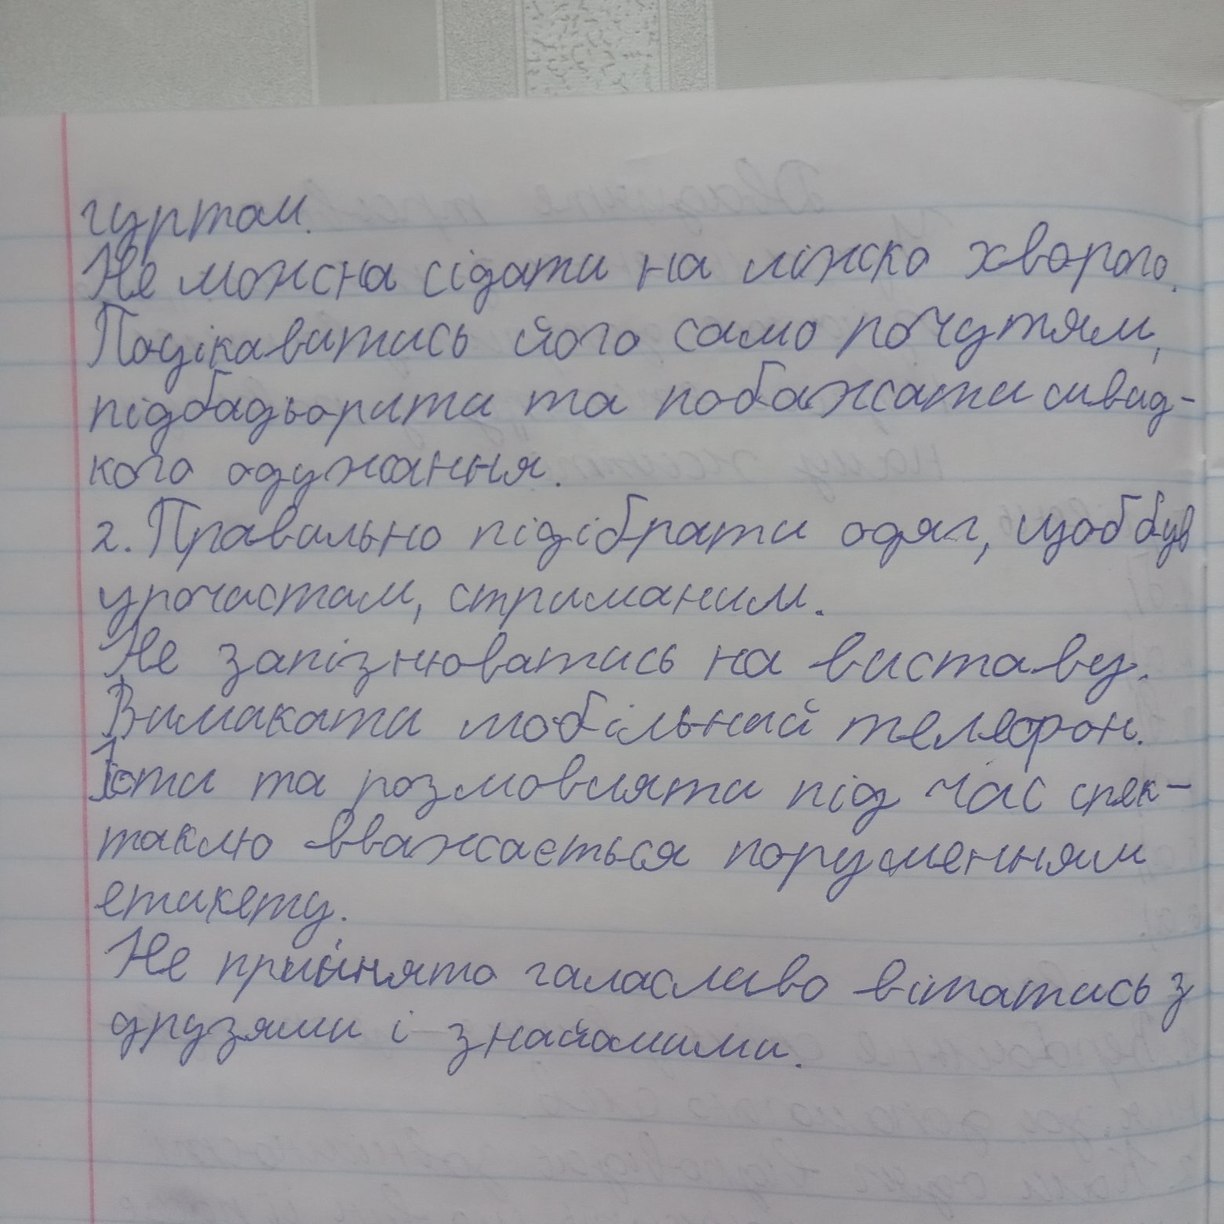
гуртом.
Не можна сідати на ліжко хворого.
Поцікавитись його само почуттям,
підбадьорити та побажати швид-
кого одужання.
2. Правильно підібрати одяг, щоб був
урочистим, стриманим.
Не запізнюватись на виставу.
Вимикати мобільний телефон.
Їсти та розмовляти під час спек-
також вважається порушенням
етикету.
Не прийнято галасливо вітатись з
друзями і знайомими.